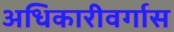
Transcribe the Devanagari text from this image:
अधिकारीवर्गास